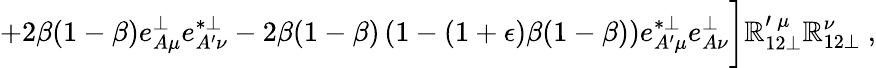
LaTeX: +2\beta(1-\beta)e_{A\mu}^{\perp}e_{A^{\prime}\nu}^{*\perp}-2\beta(1-\beta)\left(1-(1+\epsilon)\beta(1-\beta)\right)e_{A^{\prime}\mu}^{*\perp}e_{A\nu}^{\perp}\biggr]\mathbb{R}_{12\perp}^{\prime\: \mu}\mathbb{R}_{12\perp}^{\nu}~,